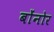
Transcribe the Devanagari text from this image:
बोंनोर